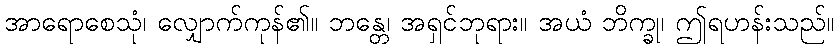
အာရောစေသုံ၊ လျှောက်ကုန်၏။ ဘန္တေ၊ အရှင်ဘုရား။ အယံ ဘိက္ခု၊ ဤရဟန်းသည်။